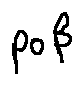
p o \beta